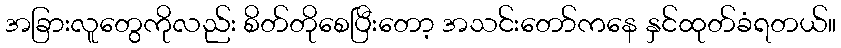
အခြားလူတွေကိုလည်း စိတ်တိုစေပြီးတော့ အသင်းတော်ကနေ နှင်ထုတ်ခံရတယ်။